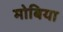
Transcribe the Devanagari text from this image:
मोबिया